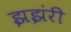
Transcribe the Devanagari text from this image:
झझंरी